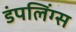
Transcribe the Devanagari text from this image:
डंपलिंग्स